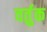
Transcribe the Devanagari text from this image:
वर्तुक